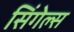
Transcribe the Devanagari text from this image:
सिंगेल्स